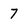
Character: 7